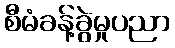
စီမံခန့်ခွဲမှုပညာ